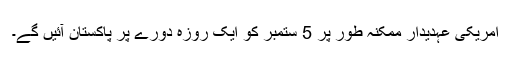
امریکی عہدیدار ممکنہ طور پر 5 ستمبر کو ایک روزہ دورے پر پاکستان آئیں گے۔